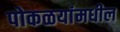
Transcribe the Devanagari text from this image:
पोकळयांमधील